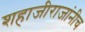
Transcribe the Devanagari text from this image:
शहाजीराजांनीच